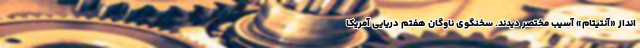
‌انداز «آنتیتام» آسیب مختصر دیدند. سخنگوی ناوگان هفتم دریایی آمریکا